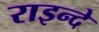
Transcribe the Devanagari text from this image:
राइन्दे